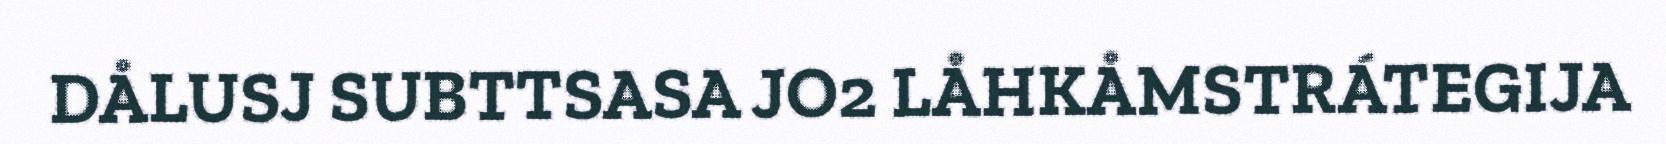
DÅLUSJ SUBTTSASA JO2 LÅHKÅMSTRÁTEGIJA